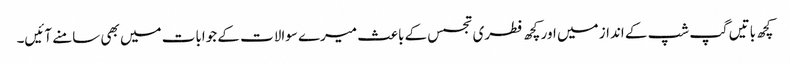
کچھ باتیں گپ شپ کے انداز میں اور کچھ فطری تجسس کے باعث میرے سوالات کے جوابات میں بھی سامنے آئیں۔